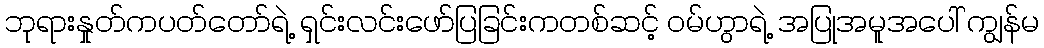
ဘုရားနှုတ်ကပတ်တော်ရဲ့ ရှင်းလင်းဖော်ပြခြင်းကတစ်ဆင့် ဝမ်ဟွာရဲ့ အပြုအမူအပေါ် ကျွန်မ